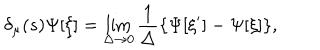
\delta _ { \mu } ( s ) \Psi [ \xi ] = \lim _ { \Delta \rightarrow 0 } \frac { 1 } { \Delta } \{ \Psi [ \xi ^ { \prime } ] - \Psi [ \xi ] \} ,